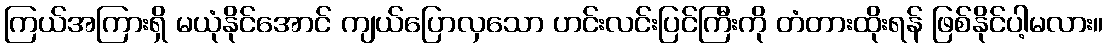
ကြယ်အကြားရှိ မယုံနိုင်အောင် ကျယ်ပြောလှသော ဟင်းလင်းပြင်ကြီးကို တံတားထိုးရန် ဖြစ်နိုင်ပါ့မလား။